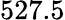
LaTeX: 527.5